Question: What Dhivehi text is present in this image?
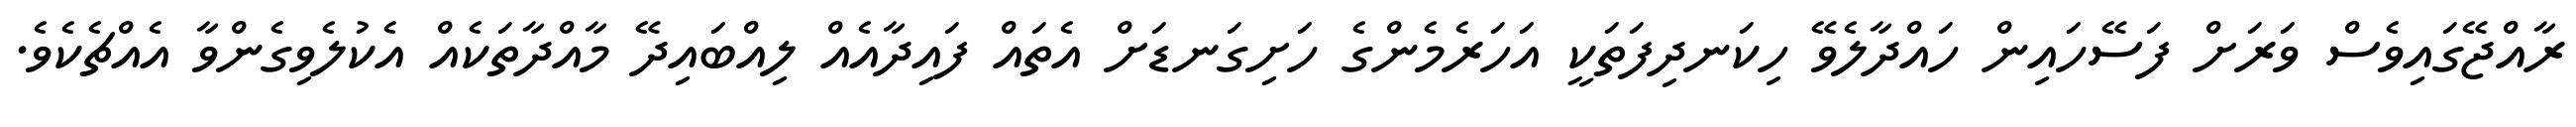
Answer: ރާއްޖޭގައިވެސް ވަރަށް ފަސޭހައިން ހައްދާލެވޭ ހިކަނދިފަތަކީ އަހަރެމެންގެ ހަށިގަނޑަށް އެތައް ފައިދާއެއް ލިއްބައިދޭ މާއްދާތަކެއް އެކުލެވިގެންވާ އެއްޗެކެވެ.